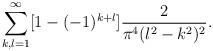
LaTeX: \begin{align*}\sum_{k,l=1}^{\infty} [1-(-1)^{k+l}] \frac{2}{\pi^4 (l^2-k^2)^2}.\end{align*}